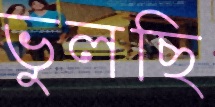
ভুলছি